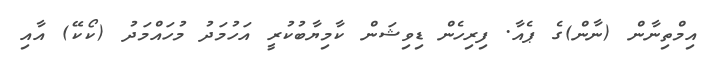
އިމްތިނާން (ނާން)ގެ ޕެއާ. ފިރިހެން ޑިވިޝަން ކާމިޔާބުކުރީ އަހުމަދު މުހައްމަދު (ކޯކޭ) އާއި